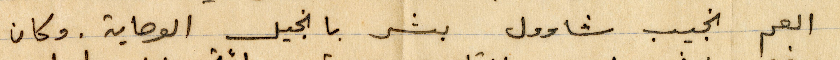
العام نجيب شاوول بشر بانجيل الوصاية. وكان